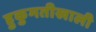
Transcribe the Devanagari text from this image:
हुकुमतीखाली